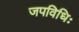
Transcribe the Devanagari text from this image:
जपविधिः